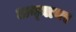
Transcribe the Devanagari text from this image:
अन्‍नावर